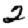
Digit: 2